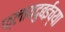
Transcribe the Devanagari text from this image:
फ्लायदुबईच्या